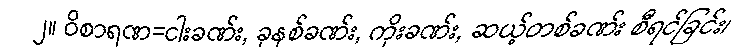
၂။ ဝိစာရဏ=ငါးခဏ်း, ခုနစ်ခဏ်း, ကိုးခဏ်း, ဆယ့်တစ်ခဏ်း စီရင်ခြင်း၊